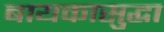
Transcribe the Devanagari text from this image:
बायकासुद्धा